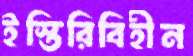
ইস্তিরিবিহীন